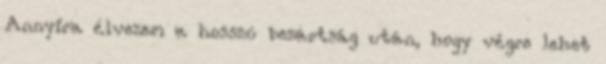
Annyira élvezem a hosszú bezártság után, hogy végre lehet